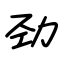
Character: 劲